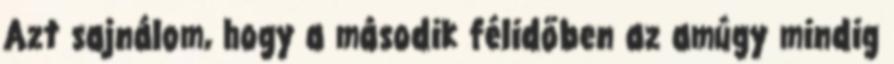
Azt sajnálom, hogy a második félidőben az amúgy mindig